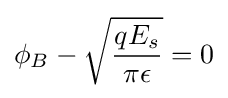
\phi _{B}-{\sqrt {\frac {qE_{s}}{\pi \epsilon }}}=0